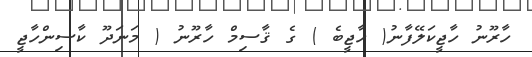
ހާރޫނު ހާޖީކަލޭފާނު( ހާޖީބެ ) ގެ ޤާސިމް ހާރޫނު ( މަނަދޫ ކާސިންހާޖީ